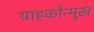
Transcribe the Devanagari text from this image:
ग्राहकोन्मुख